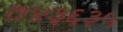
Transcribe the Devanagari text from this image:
७४३६३५